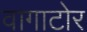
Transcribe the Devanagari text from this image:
वागाटोर